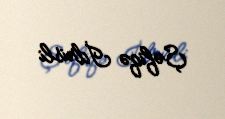
Şəfiqə İdrisli